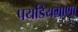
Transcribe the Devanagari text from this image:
पयडियमाणा